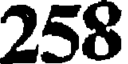
258